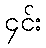
၄င်း